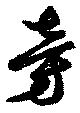
旁